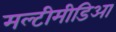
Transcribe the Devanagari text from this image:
मल्टीमीडिआ